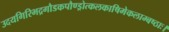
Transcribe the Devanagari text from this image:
उदयगिरिभद्रगौडकपौण्ड्रोत्कलकाषिमेकलाम्बष्ठाः।